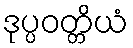
ဒုပ္ပဝတ္တိယံ